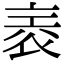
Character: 𧙰